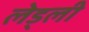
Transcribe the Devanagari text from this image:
लेड्ली